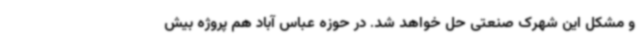
و مشکل این شهرک صنعتی حل خواهد شد. در حوزه عباس آباد هم پروژه بیش